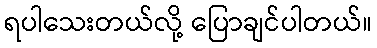
ရပါသေးတယ်လို့ ပြောချင်ပါတယ်။